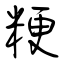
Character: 粳